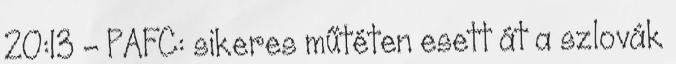
20:13 - PAFC: sikeres műtéten esett át a szlovák